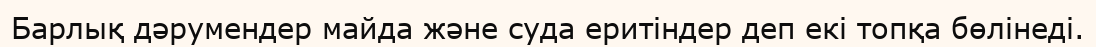
Барлық дәрумендер майда және суда еритіндер деп екі топқа бөлінеді.